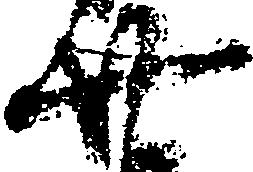
廿